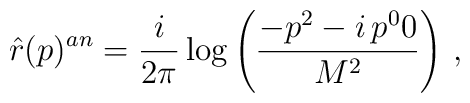
\hat{r}(p)^{an}=\frac{i}{2\pi}\log\left( \frac{-p^2 - i\,p^{0} 0}{M^2}\right)\,,